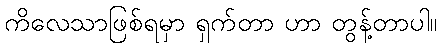
ကိလေသာဖြစ်ရမှာ ရှက်တာ ဟာ တွန့်တာပါ။